Indian journal of veterinary science and animal husbandry - Volume 13,
Year: 1943
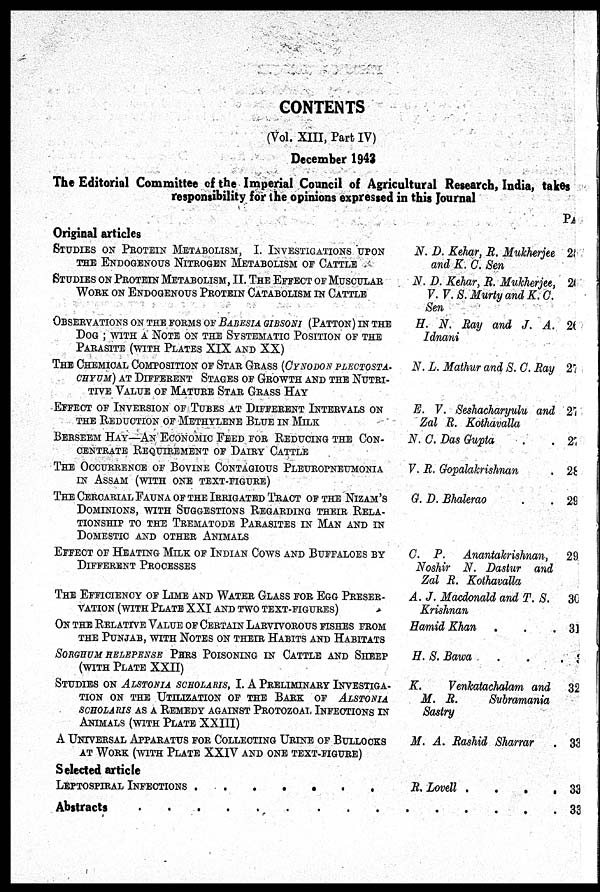
CONTENTS
(Vol. XIII, Part IV)
December 1943
The Editorial Committee of the Imperial Council of Agricultural Research, India, takes
responsibility for the opinions expressed in this Journal
Original articles
STUDIES ON PROTEIN METABOLISM, I. INVESTIGATIONS UPON
THE ENDOGENOUS NITROGEN METABOLISM OF CATTLE
STUDIES ON PROTEIN METABOLISM, II. THE EFFECT OF MUSCULAR
WORK ON ENDOGENOUS PROTEIN CATABOLISM IN CATTLE
OBSERVATION ON THE FORMS OF BABESIA GIBSONI (PATTON) IN THE
DOG ; WITH A NOTE ON THE SYSTEMATIC POSITION OF THE
PARASITE (WITH PLATES XIX AND XX)
THE CHEMICAL COMPOSITION OF STAR GRASS (CYNODON PLECTOSTA.
CHYUM) AT DIFFERENT STAGES OF GROWTH AND THE NUTRI-
TIVE VALUE OF MATURE STAR GRASS HAY
EFFECT OF INVERSION OF TUBES AT DIFFERENT INTERVALS ON
THE REDUCTION OF METHYLENE BLUE IN MILE:
BERSEEM HAY—AN ECONOMIC FEED FOR REDUCING THE CON-
CENTRATE REQUIREMENT OF DAIRY CATTLE
THE OCCURRENCE OF BOVINE CONTAGIOUS PLEUROPNEUMONIA
IN ASSAM (WITH ONE TEXT-FIGURE)
THE CERCARIAL FAUNA OF THE IRRIGATED TRACT OF THE NIZAM'S
DOMINIONS, WITH SUGGESTIONS REGARDING THEIR RELA-
TIONSHIP TO THE TREMATODE PARASITES IN MAN AND IN
DOMESTIC AND OTHER ANIMALS
EFFECT OF HEATING MILK OF INDIAN COWS AND BUFFALOES BY
DIFFERENT PROCESSES
THE EFFICIENCY OF LIME AND WATER GLASS FOR EGG PRESER-
VATION (WITH PLATE XXI AND TWO TEXT-FIGURES)
ON THE RELATIVE VALUE OF CERTAIN LARVIVOROUS FISHES FROM
THE PUNJAB, WITH NOTES ON THEIR HABITS AND HABITATS
SORGHUM HELEPENSE PERS POISONING IN CATTLE AND SHEEP
(WITH PLATE XXII)
STUDIES ON ALSTONIA SCHOLARIS, I. A PRELIMINARY INVESTIGA-
TION ON THE UTILIZATION OF THE BARK OF ALSTONIA
SCHOLARIS AS A REMEDY AGAINST PROTOZOAL INFECTIONS IN
ANIMALS (WITH PLATE XXIII)
A UNIVERSAL APPARATUS FOR COLLECTING URINE OF BULLOCKS
AT WORK (WITH PLATE XXIV AND ONE TEXT-FIGURE)
Selected article
LEPTOSPIRAL INFECTIONS . . . . . . . .
Abstracts . . . . . . . . .
N. D. Kehar, R. Mukherjee
and K. C. Sen
N. D. Kehar, R. Mukherjee,
V.V. S. Murty and K. C.
Sen
H. N. Ray and J. A.
Idnani
N. L. Mathur and S. C. Ray
E. V. Seshacharyulu and
Zal R. Kothavalla
N. C. Das Gupta . .
V. R. Gopalakrishnan .
G. D. Bhalerao . .
C. P.
Anantakrishnan,
Noshir N. Dastur and
Zal R. Kothavalla
A. J. Macdonald and T. S.
Krishnan
Hamid Khan . . .
H. S. Bawa . . .
K.
Venkatachalam and
M. R.
Subramania
Sastry
M. A. Rashid Sharrar .
R. Lovell .
.
.
.
. . . . . .
PAGE
25
26
26
27
27
27
28
28
29
30
31
3
32
33
33
33